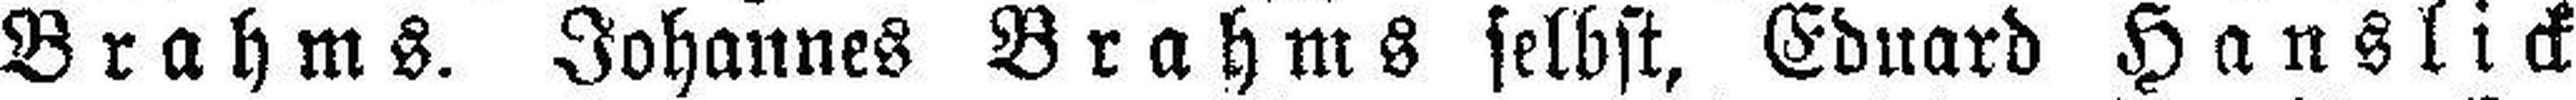
Brahms. Johannes Brahms selbst, Eduard Hanslick